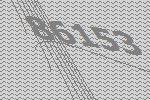
86153